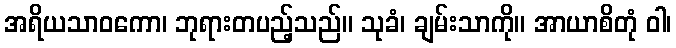
အရိယသာဝကော၊ ဘုရားတပည့်သည်။ သုခံ၊ ချမ်းသာကို။ အာယာစိတုံ ဝါ၊